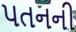
પતનની